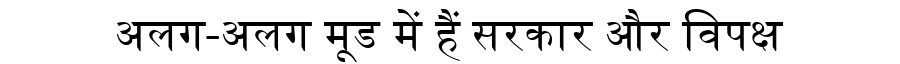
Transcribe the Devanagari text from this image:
अलग-अलग मूड में हैं सरकार और विपक्ष